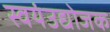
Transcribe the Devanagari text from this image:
स्वयंउद्योजक